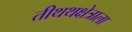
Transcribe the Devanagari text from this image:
तीथथक्षेत्राला